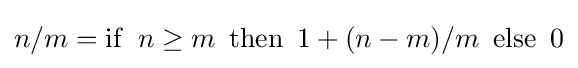
n/m=\operatorname {if} \ n\geq m\ \operatorname {then} \ 1+(n-m)/m\ \operatorname {else} \ 0